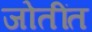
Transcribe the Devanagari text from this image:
जोतींत